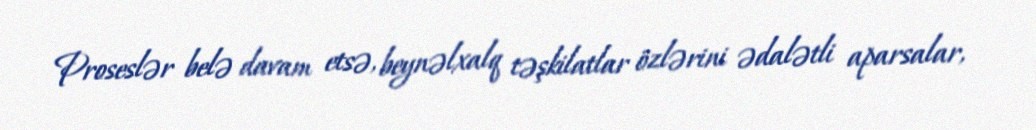
Proseslər belə davam etsə, beynəlxalq təşkilatlar özlərini ədalətli aparsalar,